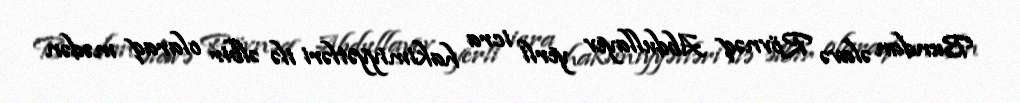
Bundan əlavə Rövnəq Abdullayev yerli icra hakimiyyətləri ilə əlbir olaraq mədən